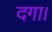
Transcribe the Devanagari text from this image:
दगा।